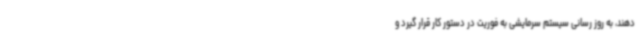
دهند، به روز رسانی سیستم سرمایشی به فوریت در دستور کار قرار گیرد و